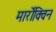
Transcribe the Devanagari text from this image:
मार्रोक्विन